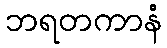
ဘရတကာနံ